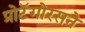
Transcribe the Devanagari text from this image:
प्रोटॅगोरसने